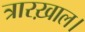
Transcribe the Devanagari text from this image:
त्रारख़ाल।